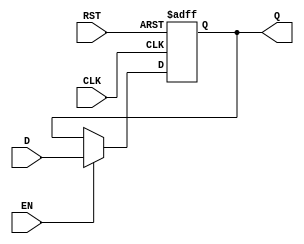
module DataRegister (
    input wire D,      // Data input
    input wire CLK,    // Clock input
    input wire EN,     // Enable signal
    input wire RST,    // Reset signal
    output reg Q       // Data output
);

    // Always block that handles the behavior of the register
    always @(posedge CLK or posedge RST) begin
        if (RST) begin
            Q <= 1'b0;  // Asynchronous reset: set Q to 0
        end else if (EN) begin
            Q <= D;     // Capture the input D when EN is high
        end
        // If RST is not activated and EN is low, Q retains its previous value
    end

endmodule